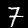
Digit: 7